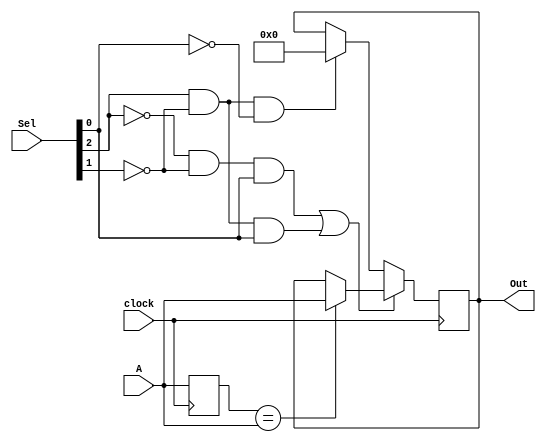
module HolderA(clock, A, Sel, Out);
	input clock;
	input [7:0] A;
	input [2:0] Sel;
	output [7:0] Out;
	
	reg [7:0] Out, reg1, reg2 = 0;
	
	wire wSel, wSel2, wSel3, wSel4, SelNot3, SelNot2;
	
	not n1(SelNot3, Sel[2]);
	not n2(SelNot2, Sel[1]);
	not n3(SelNot1, Sel[0]);
	
	and a1(wSel, SelNot3, SelNot2, Sel[0]);
	and a2(wSel2, Sel[2], SelNot2, SelNot1);
	and a3(wSel3, Sel[2], SelNot2, Sel[0]);
	
	or o1(wSel4, wSel, wSel3);
	
	always @(posedge clock) begin
		reg1 = reg2; 
		reg2 = A;
		
		if(wSel4) begin
			if(reg1 == reg2)
				Out <= A;
		end
		else if(wSel2)
			Out <= 0;
	end
endmodule